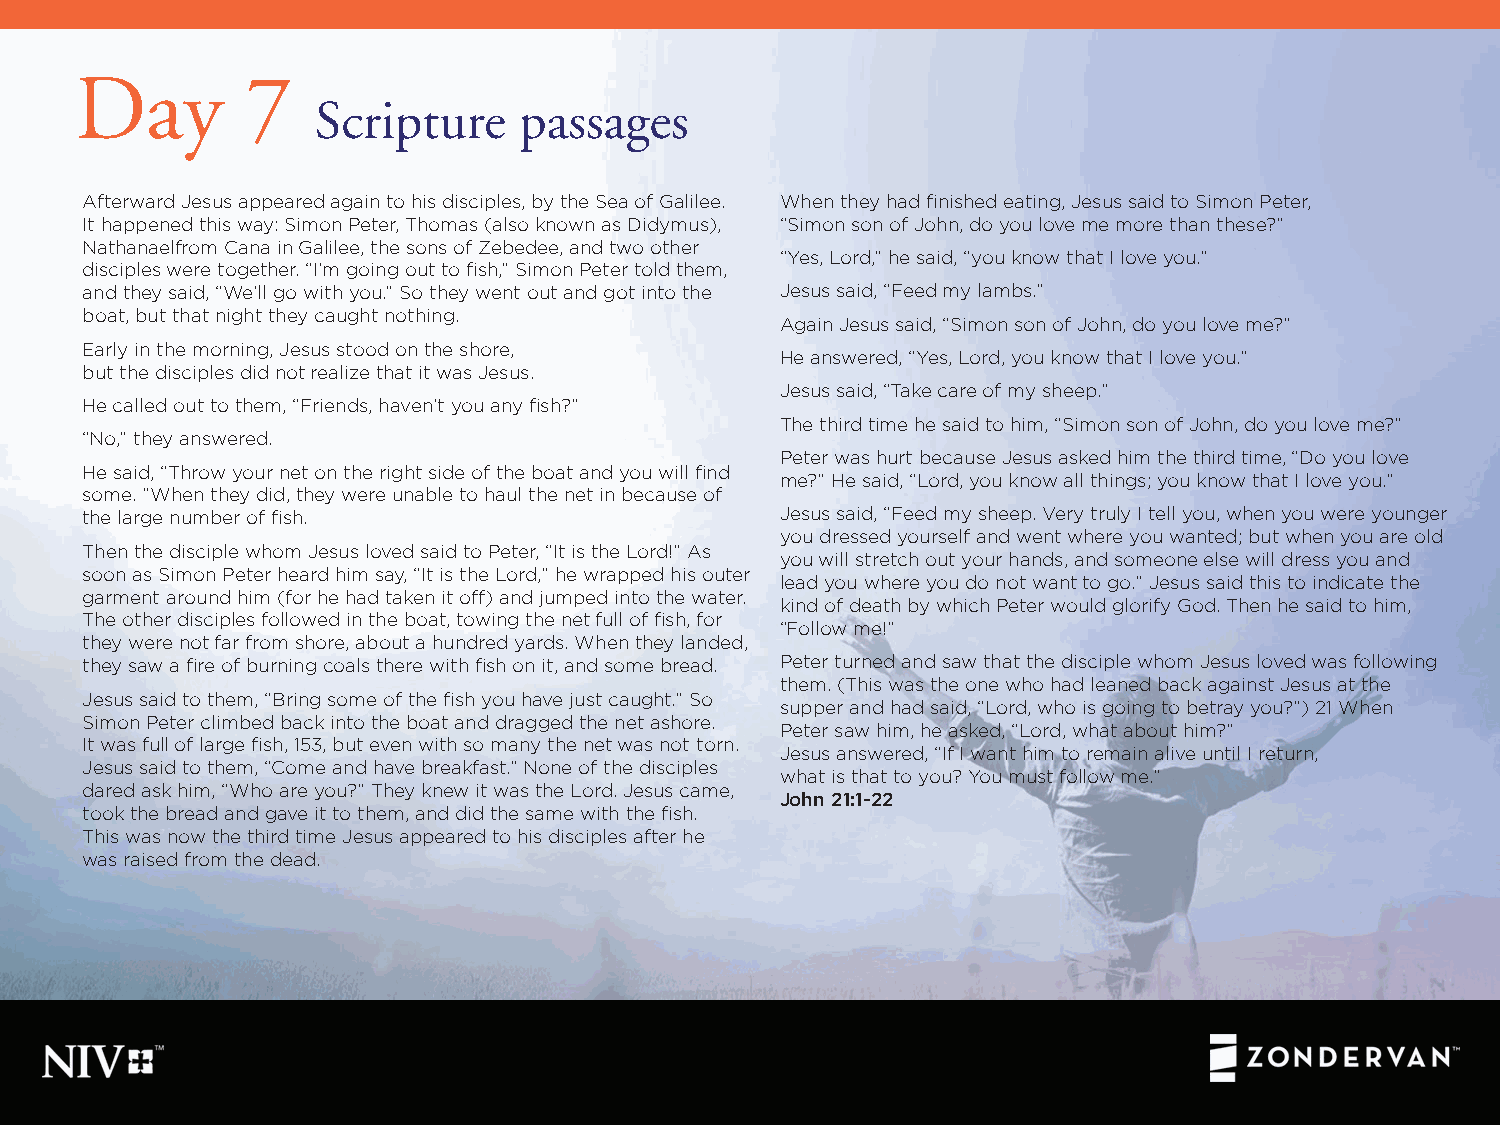
Day        7
 Scripture    passages
 Afterward Jesus appeared again to his disciples, by the Sea of Galilee. When they had finished eating, Jesus said to Simon Peter,
 It happened this way: Simon Peter, Thomas (also known as Didymus), “Simon son of John, do you love me more than these?”
 Nathanaelfrom Cana in Galilee, the sons of Zebedee, and two other
 “Yes, Lord,” he said, “you know that I love you.”
 disciples were together. “I’m going out to fish,” Simon Peter told them,
 and they said, “We’ll go with you.” So they went out and got into the Jesus said, “Feed my lambs.”
 boat, but that night they caught nothing.
 Again Jesus said, “Simon son of John, do you love me?”
 Early in the morning, Jesus stood on the shore,
 He answered, “Yes, Lord, you know that I love you.”
 but the disciples did not realize that it was Jesus.
 Jesus said, “Take care of my sheep.”
 He called out to them, “Friends, haven’t you any fish?”
 The third time he said to him, “Simon son of John, do you love me?”
 “No,” they answered.
 Peter was hurt because Jesus asked him the third time, “Do you love
 He said, “Throw your net on the right side of the boat and you will find
 me?” He said, “Lord, you know all things; you know that I love you.”
 some. ”When they did, they were unable to haul the net in because of
 the large number of fish.                      Jesus said, “Feed my sheep. Very truly I tell you, when you were younger
 you dressed yourself and went where you wanted; but when you are old
 Then the disciple whom Jesus loved said to Peter, “It is the Lord!” As
 you will stretch out your hands, and someone else will dress you and
 soon as Simon Peter heard him say, “It is the Lord,” he wrapped his outer
 lead you where you do not want to go.” Jesus said this to indicate the
 garment around him (for he had taken it off) and jumped into the water.
 kind of death by which Peter would glorify God. Then he said to him,
 The other disciples followed in the boat, towing the net full of fish, for
 “Follow me!”
 they were not far from shore, about a hundred yards. When they landed,
 they saw a fire of burning coals there with fish on it, and some bread. Peter turned and saw that the disciple whom Jesus loved was following
 them. (This was the one who had leaned back against Jesus at the
 Jesus said to them, “Bring some of the fish you have just caught.” So
 supper and had said, “Lord, who is going to betray you?”) 21 When
 Simon Peter climbed back into the boat and dragged the net ashore.
 Peter saw him, he asked, “Lord, what about him?”
 It was full of large fish, 153, but even with so many the net was not torn.
 Jesus answered, “If I want him to remain alive until I return,
 Jesus said to them, “Come and have breakfast.” None of the disciples
 what is that to you? You must follow me.”
 dared ask him, “Who are you?” They knew it was the Lord. Jesus came,
 John 21:1-22
 took the bread and gave it to them, and did the same with the fish.
 This was now the third time Jesus appeared to his disciples after he
 was raised from the dead.